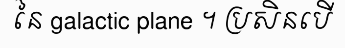
នៃ galactic plane ។ ប្រសិនបើ